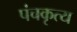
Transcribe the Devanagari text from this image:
पंचकृत्य